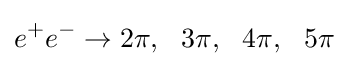
e^{+}e^{-}\to 2\pi ,~~3\pi ,~~4\pi ,~~5\pi